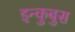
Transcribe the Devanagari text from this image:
इन्कुबुस